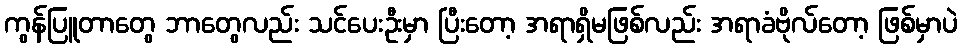
ကွန်ပြူတာတွေ ဘာတွေလည်း သင်ပေးဦးမှာ ပြီးတော့ အရာရှိမဖြစ်လည်း အရာခံဗိုလ်တော့ ဖြစ်မှာပဲ